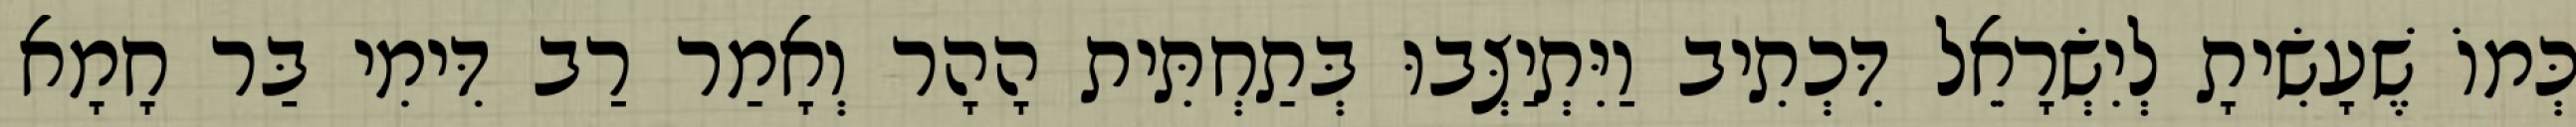
כְּמוֹ שֶׁעָשִׂיתָ לְיִשְׂרָאֵל דִּכְתִיב וַיִּתְיַצְּבוּ בְּתַחְתִּית הָהָר וְאָמַר רַב דִּימִי בַּר חָמָא